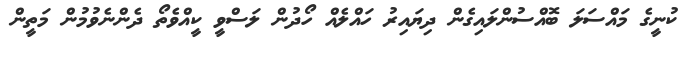
ކުނީގެ މައްސަލަ ބޮއްސުންލައިގެން ދިޔައިރު ހައްލެއް ހޯދުން ލަސްވީ ކީއްވެތޯ ދެންނެވުމުން މަތީން